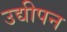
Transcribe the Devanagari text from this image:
उद्यीपन